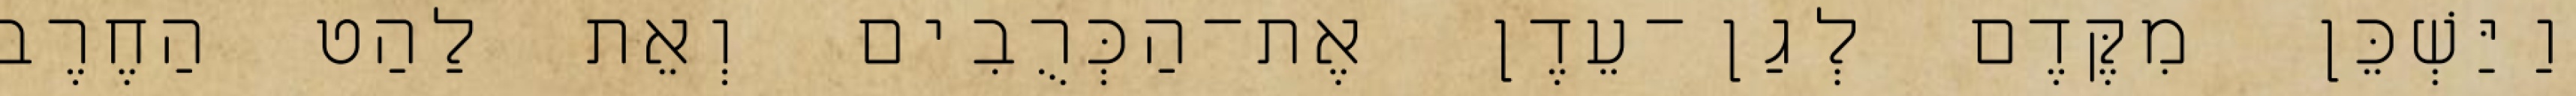
וַיַּשְׁכֵּן מִקֶּדֶם לְגַן־עֵדֶן אֶת־הַכְּרֻבִים וְאֵת לַהַט הַחֶרֶב